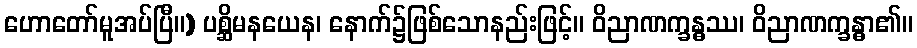
ဟောတော်မူအပ်ပြီ။) ပစ္ဆိမနယေန၊ နောက်၌ဖြစ်သောနည်းဖြင့်။ ဝိညာဏက္ခန္ဓဿ၊ ဝိညာဏက္ခန္ဓာ၏။